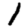
Digit: 1